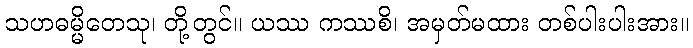
သဟဓမ္မိတေသု၊ တို့တွင်။ ယဿ ကဿစိ၊ အမှတ်မထား တစ်ပါးပါးအား။